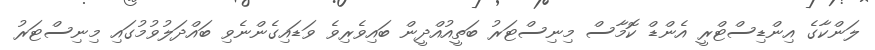
ލަންކާގެ އިންޑިސްޓްރީ އެންޑް ކޮމާސް މިނިސްޓަރު ބަތީއުއްދީން ބައިވެރިވެ ވަޑައިގެންނެވި ބައްދަލުވުމުގައި މިނިސްޓަރު